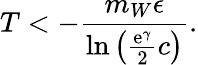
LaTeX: T<-\frac{m_{W}\epsilon}{\ln\left(\frac{\mathrm{e}^{\gamma}}{2}c\right)}.